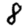
Digit: 8